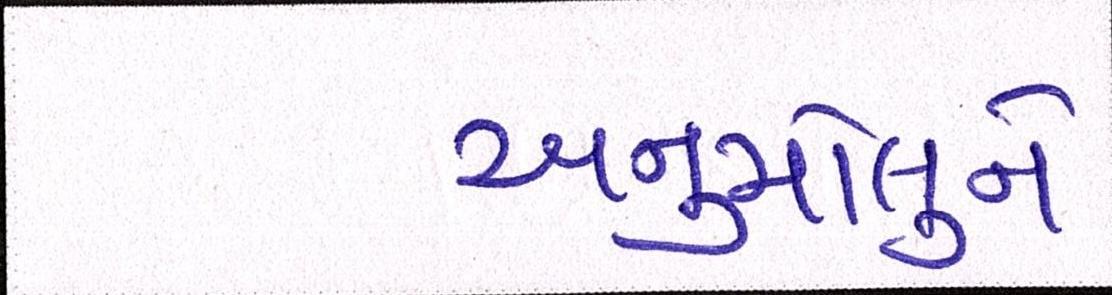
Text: અનુમોલુને